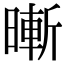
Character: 𣊙